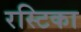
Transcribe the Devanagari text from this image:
रस्टिका